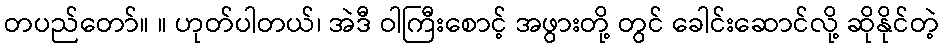
တပည်တော်။ ။ ဟုတ်ပါတယ်၊ အဲဒီ ဝါကြီးစောင့် အဖွားတို့ တွင် ခေါင်းဆောင်လို့ ဆိုနိုင်တဲ့